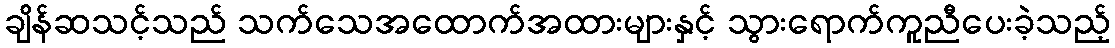
ချိန်ဆသင့်သည် သက်သေအထောက်အထားများနှင့် သွားရောက်ကူညီပေးခဲ့သည့်